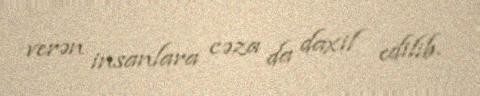
verən insanlara cəza da daxil edilib.